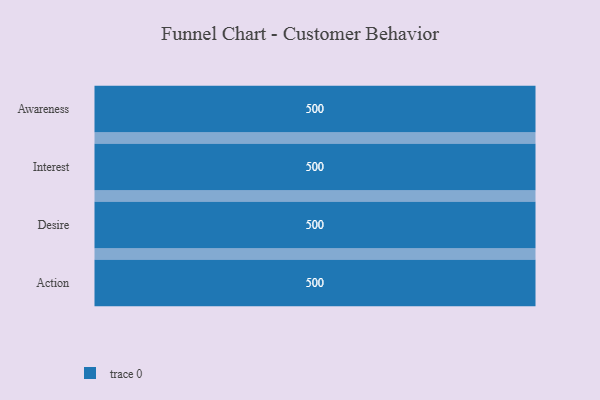
{"axis": {"x": "Stage", "y": "Value"}, "legend": [""], "data": [{"x": "Awareness", "y": 500, "type": ""}, {"x": "Interest", "y": 500, "type": ""}, {"x": "Desire", "y": 500, "type": ""}, {"x": "Action", "y": 500, "type": ""}]}